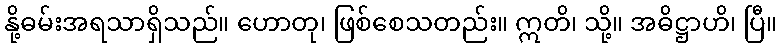
နို့ဓမ်းအရသာရှိသည်။ ဟောတု၊ ဖြစ်စေသတည်း။ ဣတိ၊ သို့။ အဓိဋ္ဌာဟိ၊ ပြီ။